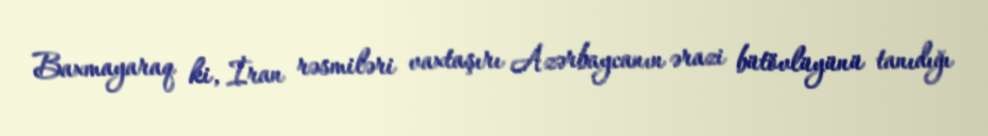
Baxmayaraq ki, İran rəsmiləri vaxtaşırı Azərbaycanın ərazi bütövlüyünü tanıdığı